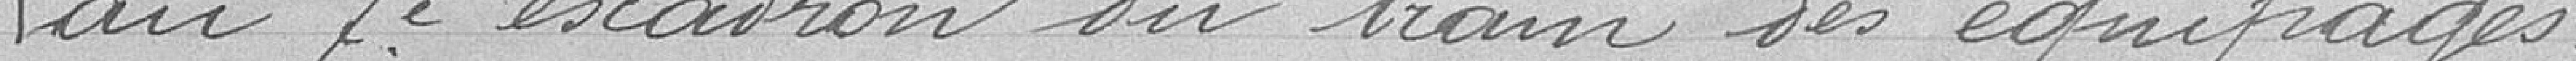
au 7e escadron du train des équipages.